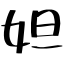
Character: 妲